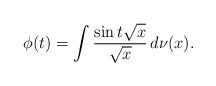
LaTeX: \begin{align*}\phi(t) = \int \frac{\sin{t\sqrt{x}}}{\sqrt{x}}\, d\nu(x) .\end{align*}